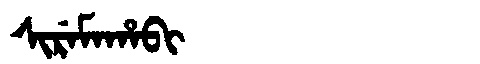
Manchu: ᠰᡳᡵᡝᠮᠠᡥᠠᠪᡳ
Romanization: SIREMAHABI